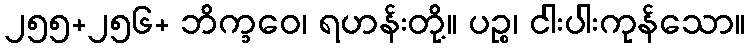
၂၅၅+၂၅၆+ ဘိက္ခဝေ၊ ရဟန်းတို့။ ပဉ္စ၊ ငါးပါးကုန်သော။